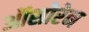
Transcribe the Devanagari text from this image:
ऑसोरेन